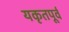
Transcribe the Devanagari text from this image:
यकृतपूर्व